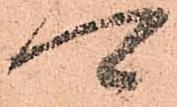
可